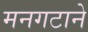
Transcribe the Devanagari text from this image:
मनगटाने